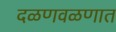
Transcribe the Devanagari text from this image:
दळणवळणात